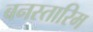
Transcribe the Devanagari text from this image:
बनस्तारिम